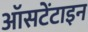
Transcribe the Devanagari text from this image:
ऑसटेंटाइन